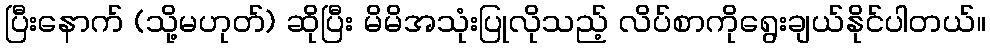
ပြီးနောက် (သို့မဟုတ်) ဆိုပြီး မိမိအသုံးပြုလိုသည့် လိပ်စာကိုရွေးချယ်နိုင်ပါတယ်။